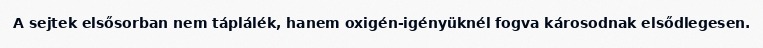
A sejtek elsősorban nem táplálék, hanem oxigén-igényüknél fogva károsodnak elsődlegesen.